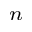
_ n